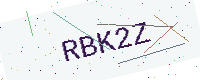
Text: RBK2Z